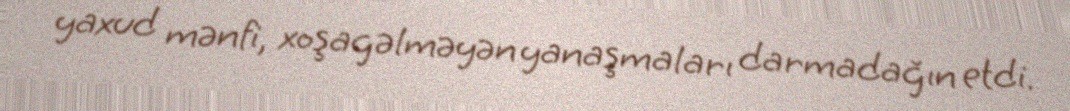
yaxud mənfi, xoşagəlməyən yanaşmaları darmadağın etdi.